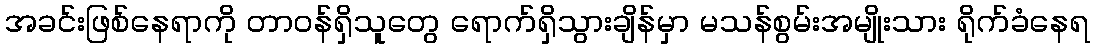
အခင်းဖြစ်နေရာကို တာဝန်ရှိသူတွေ ရောက်ရှိသွားချိန်မှာ မသန်စွမ်းအမျိုးသား ရိုက်ခံနေရ